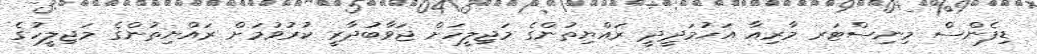
ޑިފެންސް މިނިސްޓަރ މާރިއާ އަހުމަދީދީ ރައްޔިތުންގެ މަޖިލީހަށް ޖަވާބުދާރީ ކުރުވުމަށް ރައްޔިތުންގެ މަޖިލީހުގެ